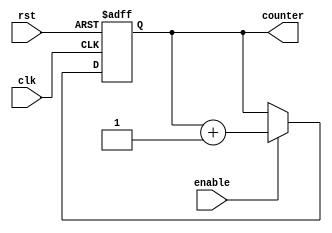
module reset_condition_example (
    input wire clk,          // Clock signal
    input wire rst,          // Active-high reset signal
    input wire enable,       // Enable signal for normal operation
    output reg [7:0] counter // 8-bit counter output
);

// Initial block for simulation purposes
initial begin
    counter = 8'b0; // Initialize counter to zero
end

// Always block for synchronous reset and normal operation
always @(posedge clk or posedge rst) begin
    if (rst) begin
        // Reset condition: Initialize counter to zero
        counter <= 8'b0;
    end else if (enable) begin
        // Normal operation: Increment counter
        counter <= counter + 1;
    end
end

endmodule